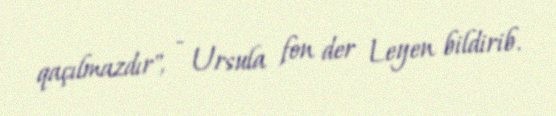
qaçılmazdır", - Ursula fon der Leyen bildirib.